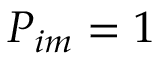
P _ { i m } = 1